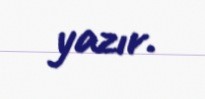
yazır.